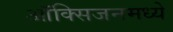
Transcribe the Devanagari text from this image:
ऑक्सिजनमध्ये